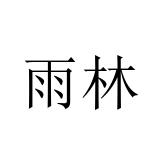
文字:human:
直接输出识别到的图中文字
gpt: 雨林